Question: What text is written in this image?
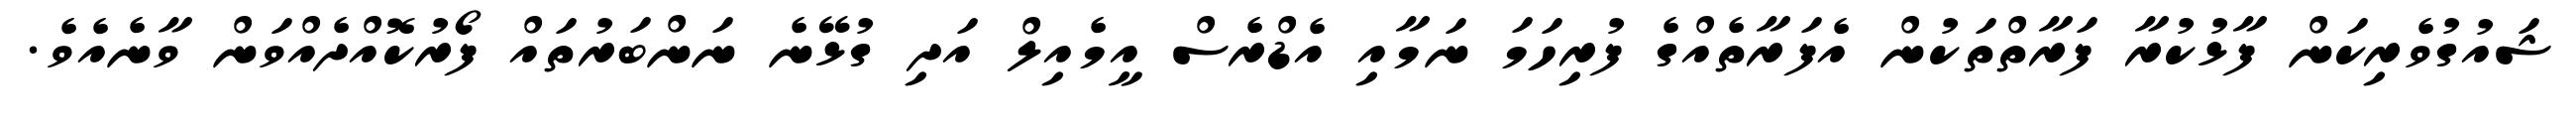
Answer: ޝައުގުވެރިކަން ފާޅުކުރާ ފަރާތްތަކުން އެފަރާތެއްގެ ފުރިހަމަ ނަމާއި އެޑްރެސް އީމެއިލް އަދި ގުޅޭނެ ނަންބަރުތައް ފޯރުކޮއްދެއްވަން ވާނެއެވެ.